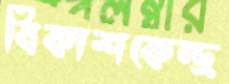
বিকাশকেন্দ্র